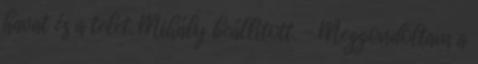
havat és a telet. Mihály beállított. - Meggondoltam a